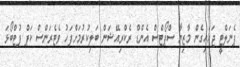
ޕެނަލްޓީ ޖަހައިގެން މާޒިޔާ ސްޕޯޓްސް އެންޑް ރެކްރިއޭޝަން ބަލިކުރުމަށްފަހު ވެޓެރަންސް ކަޕް ފުޓްބޯޅަ